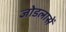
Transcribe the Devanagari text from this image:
जोडलासें